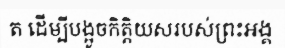
ត ដើម្បីបង្អូចកិត្តិយសរបស់ព្រះអង្គ